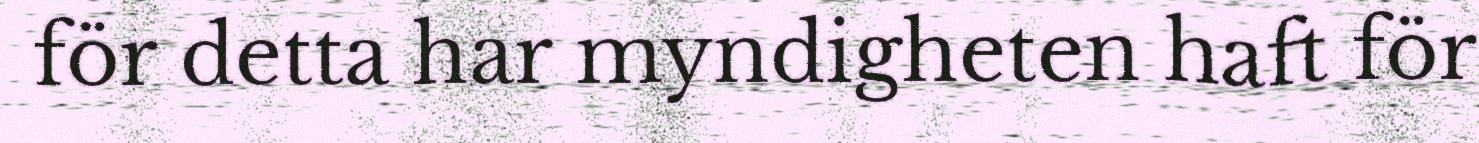
för detta har myndigheten haft för